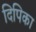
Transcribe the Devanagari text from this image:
दिपिका